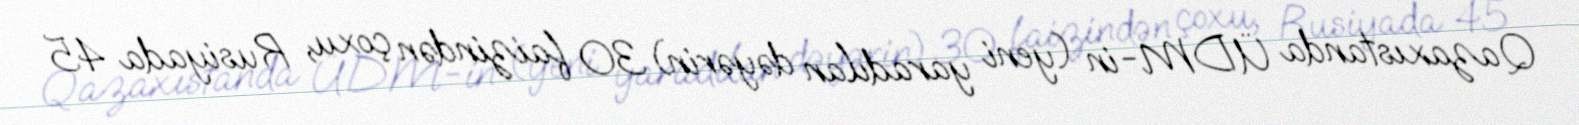
Qazaxıstanda ÜDM-in (yeni yaradılan dəyərin) 30 faizindən çoxu, Rusiyada 45